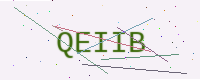
Text: QEIIB